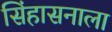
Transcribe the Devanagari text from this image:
सिंहासनाला